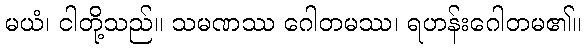
မယံ၊ ငါတို့သည်။ သမဏဿ ဂေါတမဿ၊ ရဟန်းဂေါတမ၏။